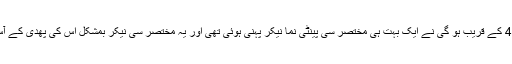
وہ گوری میم کہ جس کی عمر اس وقت 40/38 کے قریب ہو گی نے ایک بہت ہی مختصر سی پینٹی نما نیکر پہنی ہوئی تھی اور یہ مختصر سی نیکر بمشکل اس کی پھدی کے آس پاس کے ایریا کو کور (ڈھک) کر رہی تھی۔